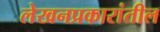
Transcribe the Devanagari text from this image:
लेखनप्रकारांतील